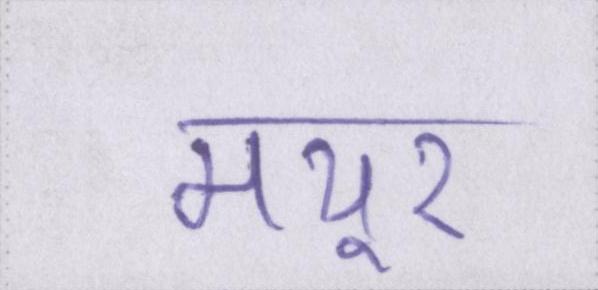
मयूर